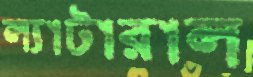
ল্যাটারাল